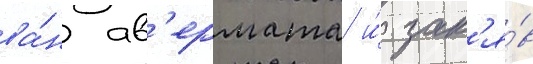
ва́н ав'ермата и́ зан'я́в